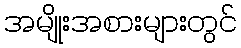
အမျိုးအစားများတွင်